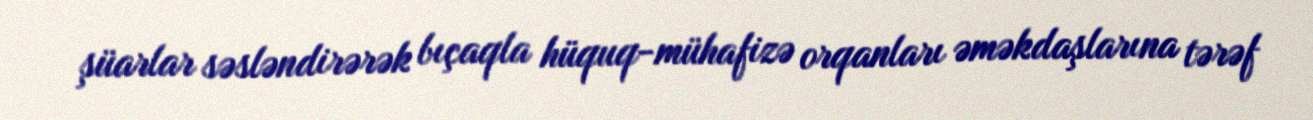
şüarlar səsləndirərək bıçaqla hüquq-mühafizə orqanları əməkdaşlarına tərəf